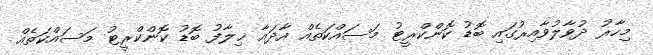
މިހާރު ދުވާލުވާއިރުގައި ބޮޑު ކޮންކްރީޓު މަސައްކަތެއް އާދައާ ޚިލާފު ބޮޑު ކޮންކްރީޓު މަސައްކަތެއް